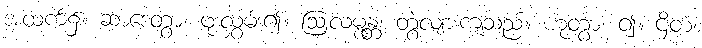
အထက်၌။ ဆာဒေတွာ၊ ဖုံးလွှမ်း၍။ ဩလမ္ဗန္တံ၊ တွဲလျားကျသည်။ ဟုတွာ၊ ၍။ ဌိတံ၊